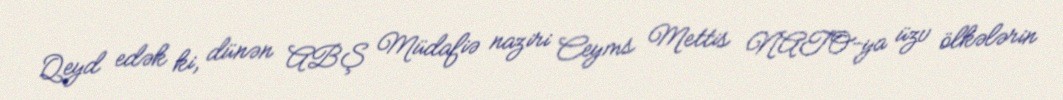
Qeyd edək ki, dünən ABŞ Müdafiə naziri Ceyms Mettis NATO-ya üzv ölkələrin